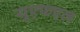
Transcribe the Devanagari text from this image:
यूएफएल